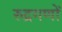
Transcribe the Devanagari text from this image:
रुद्रगणों